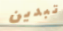
تبدين